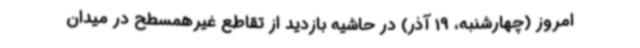
امروز (چهارشنبه، 19 آذر) در حاشیه بازدید از تقاطع غیرهمسطح در میدان